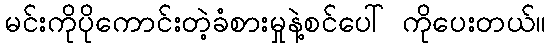
မင်းကိုပိုကောင်းတဲ့ခံစားမှုနဲ့စင်ပေါ် ကိုပေးတယ်။